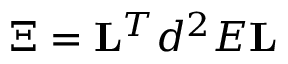
\boldsymbol { \Xi } = \mathbf { L } ^ { T } d ^ { 2 } E \mathbf { L }